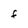
Character: F